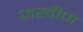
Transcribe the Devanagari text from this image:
जखीण